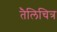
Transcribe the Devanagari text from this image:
तैलिचित्र